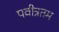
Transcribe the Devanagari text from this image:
पवीत्रतम